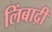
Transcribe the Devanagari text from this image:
लिंबाद्री